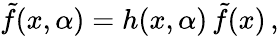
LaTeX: \tilde{f}(x,\alpha)=h(x,\alpha)\, \tilde{f}(x)\, ,